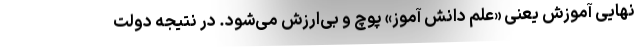
نهایی آموزش یعنی «علم دانش آموز» پوچ و بی‌ارزش می‌شود. در نتیجه دولت